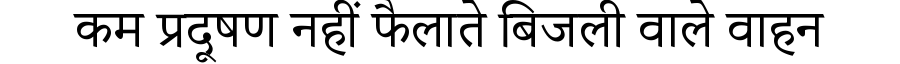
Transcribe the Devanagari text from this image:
कम प्रदूषण नहीं फैलाते बिजली वाले वाहन